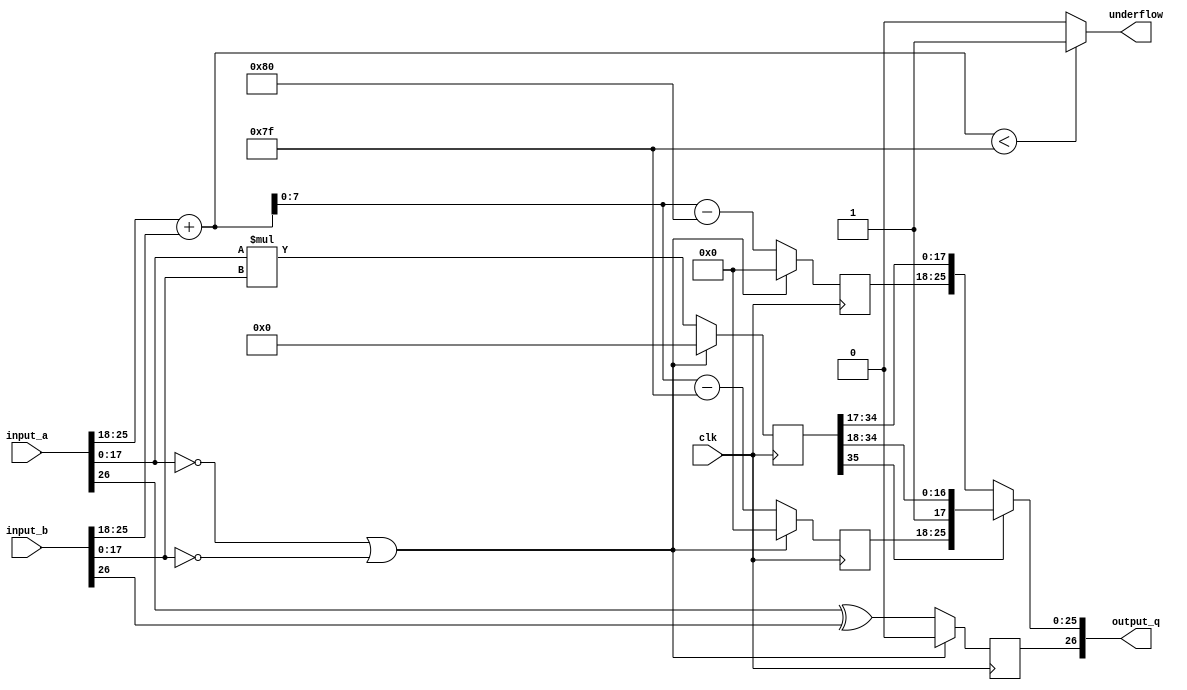
////////////////////////////////////////////
//
//    | Sign | Exponent  | Mantissa |  
//    | 1bit |   8bits   |  18bits  |
//
//    2^0 => Exponent = 'd127 = 'h7f
//
//    Mantissa = [ ( 1-2^(-126) ) ; 0.5 ]
//   
////////////////////////////////////////////

module multiply #(
    parameter
    SIGN_WIDTH = 1,
    EXPONENT_WIDTH = 8,
    MANTISSA_WIDTH = 18
)
(   
    input            clk,
    input [ 26 :0]   input_a,
    input [ 26 :0]   input_b,

    output [ 26 :0]  output_q,
    output           underflow
);

reg [35 : 0 ] reg_multiply = 0;     // for mantissa
reg [8 : 0 ]  reg_summ1 = 0;        // for exponent
reg [8 : 0 ]  reg_summ2 = 0;        // for exponent if reg_multiply smaler then 0.5(decimal)
reg           reg_sign = 0;         // for sign
reg [17 : 0 ] reg_mantissa1 = 0;  
reg [17 : 0 ] reg_mantissa2 = 0;    // if reg_multiply smaler then 0.5(decimal)
reg [8 : 0 ]  reg_summ3 = 0;        // use in comarison and testbench

always@(posedge clk) begin
    if (input_a[17:0] == 0 || input_b[17:0] == 0) begin  // if one of numbers are 0
        reg_multiply <= 0;
        reg_summ1 <= 0 ;
        reg_summ2 <= 0 ;
        reg_sign <= 0;
        end
    else begin
        reg_multiply <= input_a[17:0] * input_b[17:0];          // multiply mantisa
        reg_summ1 <= input_a[25:18] + input_b[25:18] - 8'h7F ;  // add exponents
        reg_summ2 <= input_a[25:18] + input_b[25:18] - 8'h80 ;
        reg_sign <= input_a[26] ^ input_b[26];                  // determine sign of resulting number
        end
end

always@* begin
    reg_mantissa1 <= reg_multiply >> 18 ; 
    reg_mantissa2 <= reg_multiply >> 17 ;           // if reg_multiply smaler then 0.5(decimal)
    reg_summ3 <= input_a[25:18] + input_b[25:18];   // use in comparison and testbench
end

assign underflow =  reg_summ3 < 8'h7F     
                        ? 1'b1 : 1'b0 ;


assign output_q  = reg_multiply[35]  ? 
                        { reg_sign , reg_summ1[7:0] , reg_mantissa1[17:0] } 
                        :
                        { reg_sign , reg_summ2[7:0] , reg_mantissa2[17:0] }
                    ;

endmodule